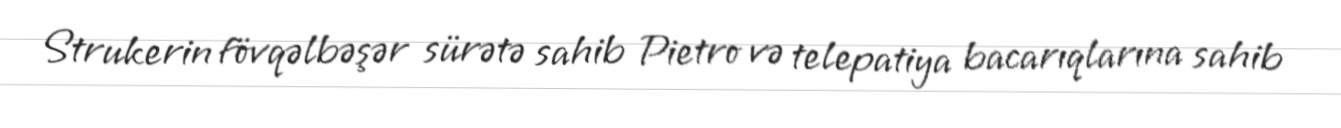
Strukerin fövqəlbəşər sürətə sahib Pietro və telepatiya bacarıqlarına sahib